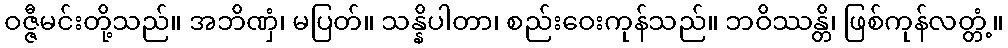
ဝဇ္ဇီမင်းတို့သည်။ အဘိဏှံ၊ မပြတ်။ သန္နိပါတာ၊ စည်းဝေးကုန်သည်။ ဘဝိဿန္တိ၊ ဖြစ်ကုန်လတ္တံ့။